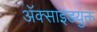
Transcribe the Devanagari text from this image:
अॅक्साइडयुक्त